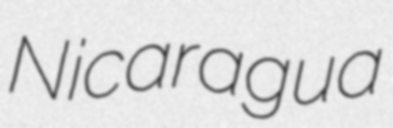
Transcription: Nicaragua